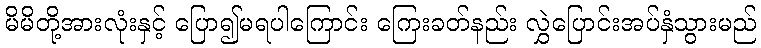
မိမိတို့အားလုံးနှင့် ပြော၍မရပါကြောင်း ကြေးခတ်နည်း လွှဲပြောင်းအပ်နှံသွားမည်